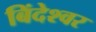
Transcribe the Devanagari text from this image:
बिंदेश्‍वर